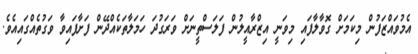
އެމުވައްޒަފުން މިކަމަށް ގޮވާލާފައި މިވަނީ އިޒްރާއީލުން ފަލަސްތީނަށް ވަރަގުދަ ހަމަލާތަކެއްދޭން ފަށާފައިވާ ވަގުތެއްގައިއެވެ.